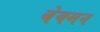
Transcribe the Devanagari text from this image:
बेक्मन